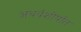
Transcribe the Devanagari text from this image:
अथर्वशीर्षात